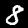
Label: 8